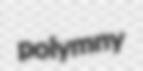
polymny